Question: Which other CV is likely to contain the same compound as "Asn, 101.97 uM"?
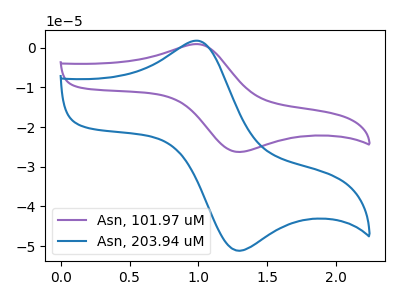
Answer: <think>The purple curve "Asn, 101.97 uM" has an anodic peak at (1.00V, 0.85uA) and a cathodic peak at (1.30V, -26.25uA). The blue curve "Asn, 203.94 uM" has an anodic peak at (1.00V, 1.70uA) and a cathodic peak at (1.30V, -51.15uA).
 All the peaks in "Asn, 101.97 uM" have a peak in "Asn, 203.94 uM" at the same potential. Every peak in "Asn, 101.97 uM" is lower than every peak in "Asn, 203.94 uM".</think>
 <answer>The CV with the most similar shape to "Asn, 203.94 uM" is "Asn, 101.97 uM".</answer>
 <eval>"Asn, 101.97 uM"</eval>